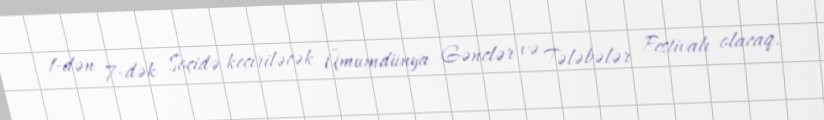
1-dən 7-dək Soçidə keçiriləcək Ümumdünya Gənclər və Tələbələr Festivalı olacaq.